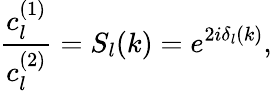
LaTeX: \frac{c_{l}^{(1)}}{c_{l}^{(2)}}=S_{l}(k)=e^{2i\delta_{l}(k)},